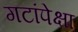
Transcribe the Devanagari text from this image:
गटांपेक्षा